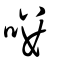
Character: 嘍